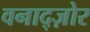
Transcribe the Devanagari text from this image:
वनाद्ज़ोर